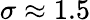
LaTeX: \sigma\approx 1.5